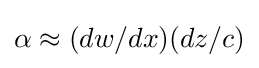
\alpha \approx (dw/dx)(dz/c)